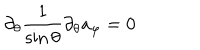
LaTeX: \partial _ { \theta } \frac { 1 } { \sin \theta } \partial _ { \theta } a _ { \varphi } = 0